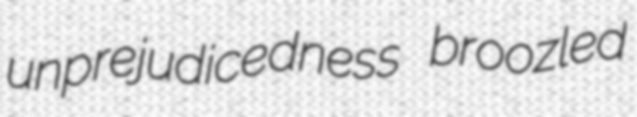
unprejudicedness broozled